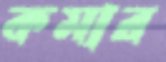
কমার